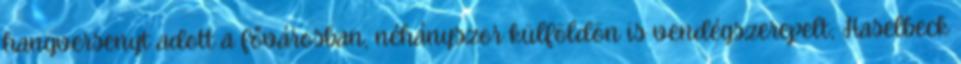
hangversenyt adott a fővárosban, néhányszor külföldön is vendégszerepelt; Haselbeck